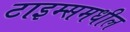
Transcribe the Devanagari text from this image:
टाइम्समधील